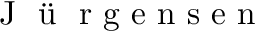
\mathrm { ~ J ~ } \ddot { \mathrm { ~ u ~ } } \mathrm { ~ r ~ g ~ e ~ n ~ s ~ e ~ n ~ }